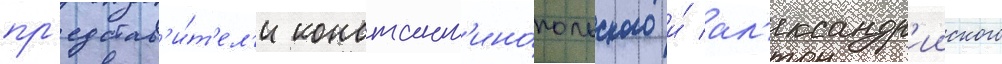
пр'едстав'и́т'ел'и констант'ино́польского и́ ал'ександр'ииского